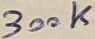
Text: 300K